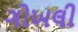
ગોખલી